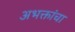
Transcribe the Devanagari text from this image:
अभक्तांचा